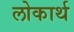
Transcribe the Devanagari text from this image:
लोकार्थ